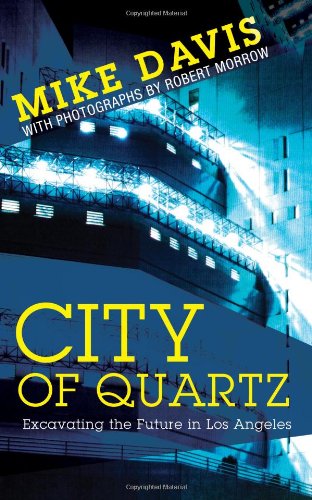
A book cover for City of Quartz: Excavating the Future in Los Angeles; Mike Davis; Politics & Social Sciences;